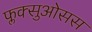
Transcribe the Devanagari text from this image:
फ्लक्सुओसस